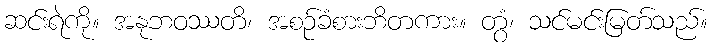
ဆင်းရဲကို။ အနုဘဝဿတိ၊ အစဉ်ခံစားဘိတကား။ တွံ၊ သင်မင်းမြတ်သည်။